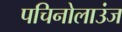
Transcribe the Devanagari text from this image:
पचिनोलाउंज